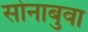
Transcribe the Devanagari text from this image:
सोनाबुवा